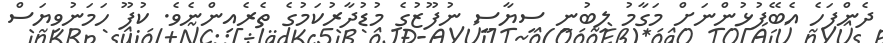
ދެންފަހެ އެބޭފުޅުންނަށް މަގާމު ލިބުނީ ސިޔާސީ ނުފޫޒުގެ މުޑުދާރުކަމުގެ ތެރެއިންނެވެ. ކުފޫ ހަމަނުވިޔަސް